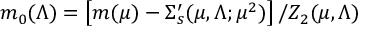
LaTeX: m _ { 0 } ( \Lambda ) = \left[ m ( \mu ) - \Sigma _ { s } ^ { \prime } ( \mu , \Lambda ; \mu ^ { 2 } ) \right] / Z _ { 2 } ( \mu , \Lambda )